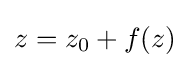
z=z_{0}+f(z)